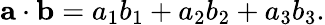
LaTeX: \mathbf{a}\cdot\mathbf{b}=a_{1}b_{1}+a_{2}b_{2}+a_{3}b_{3}.